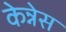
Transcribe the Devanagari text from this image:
केन्नेस